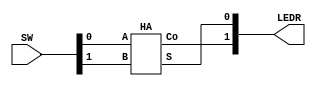
/*
Author: Kyle Jarvis
Program Name: Lab 5 Part 1
Creation Date: 2/21/24
Date Last Updated: 2/21/24
Function: Functions as a half adder
Method: adds two numbers together using boolean logic. 
Inputs: SW
Outputs: LEDR
Comments:
*/

module Lab5Part1(
input [1:0] SW,
output [1:0] LEDR);


	
	
	//impliments half adder and inputs the switches
	HA halfadder1(.A(SW[0]), .B(SW[1]), .Co(LEDR[1]), .S(LEDR[0]));
	
	
	

endmodule


module HA(
input A, B,
output Co, S);

   //compleate SOP equation for the sum bit
   assign S = A^B; 

   //compleate SOP equation for the carry out bit
   assign Co = A&B;

endmodule